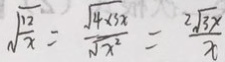
\sqrt { \frac { 1 2 } { x } } = \frac { \sqrt { 4 \times 3 x } } { \sqrt { x ^ { 2 } } } = \frac { 2 \sqrt { 3 x } } { x }